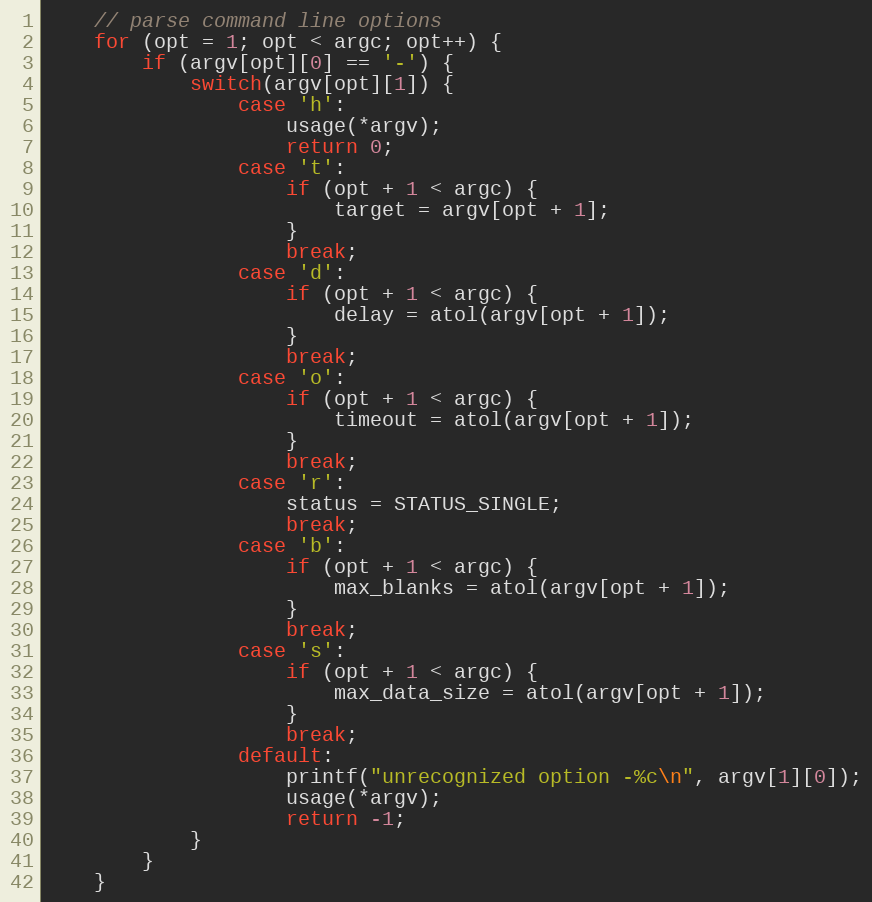
Language: C
	// parse command line options
	for (opt = 1; opt < argc; opt++) {
		if (argv[opt][0] == '-') {
			switch(argv[opt][1]) {
				case 'h':
				    usage(*argv);
					return 0;
				case 't':
					if (opt + 1 < argc) {
						target = argv[opt + 1];
					}
					break;
				case 'd':
					if (opt + 1 < argc) {
						delay = atol(argv[opt + 1]);
					}
					break;
				case 'o':
					if (opt + 1 < argc) {
						timeout = atol(argv[opt + 1]);
					}
					break;
				case 'r':
					status = STATUS_SINGLE;
					break;
				case 'b':
					if (opt + 1 < argc) {
						max_blanks = atol(argv[opt + 1]);
					}
					break;
				case 's':
					if (opt + 1 < argc) {
						max_data_size = atol(argv[opt + 1]);
					}
					break;
				default:
					printf("unrecognized option -%c\n", argv[1][0]);
					usage(*argv);
					return -1;
			}
		}
	}